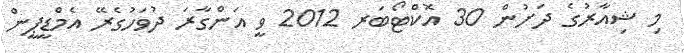
މި ޝިއާރުގެ ދަށުން 30 އޮކްޓޯބަރ 2012 ވީ އަންގާރަ ދުވަހުގެރޭ އެމްޑީޕީން